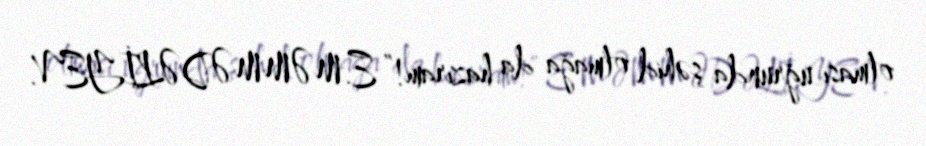
olması uğrunda şəhid olmağa da hazıram!” E.MƏMMƏDƏLİYEV.